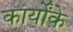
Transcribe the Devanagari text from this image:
कार्योंके